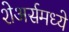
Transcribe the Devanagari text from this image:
शेअर्समध्ये